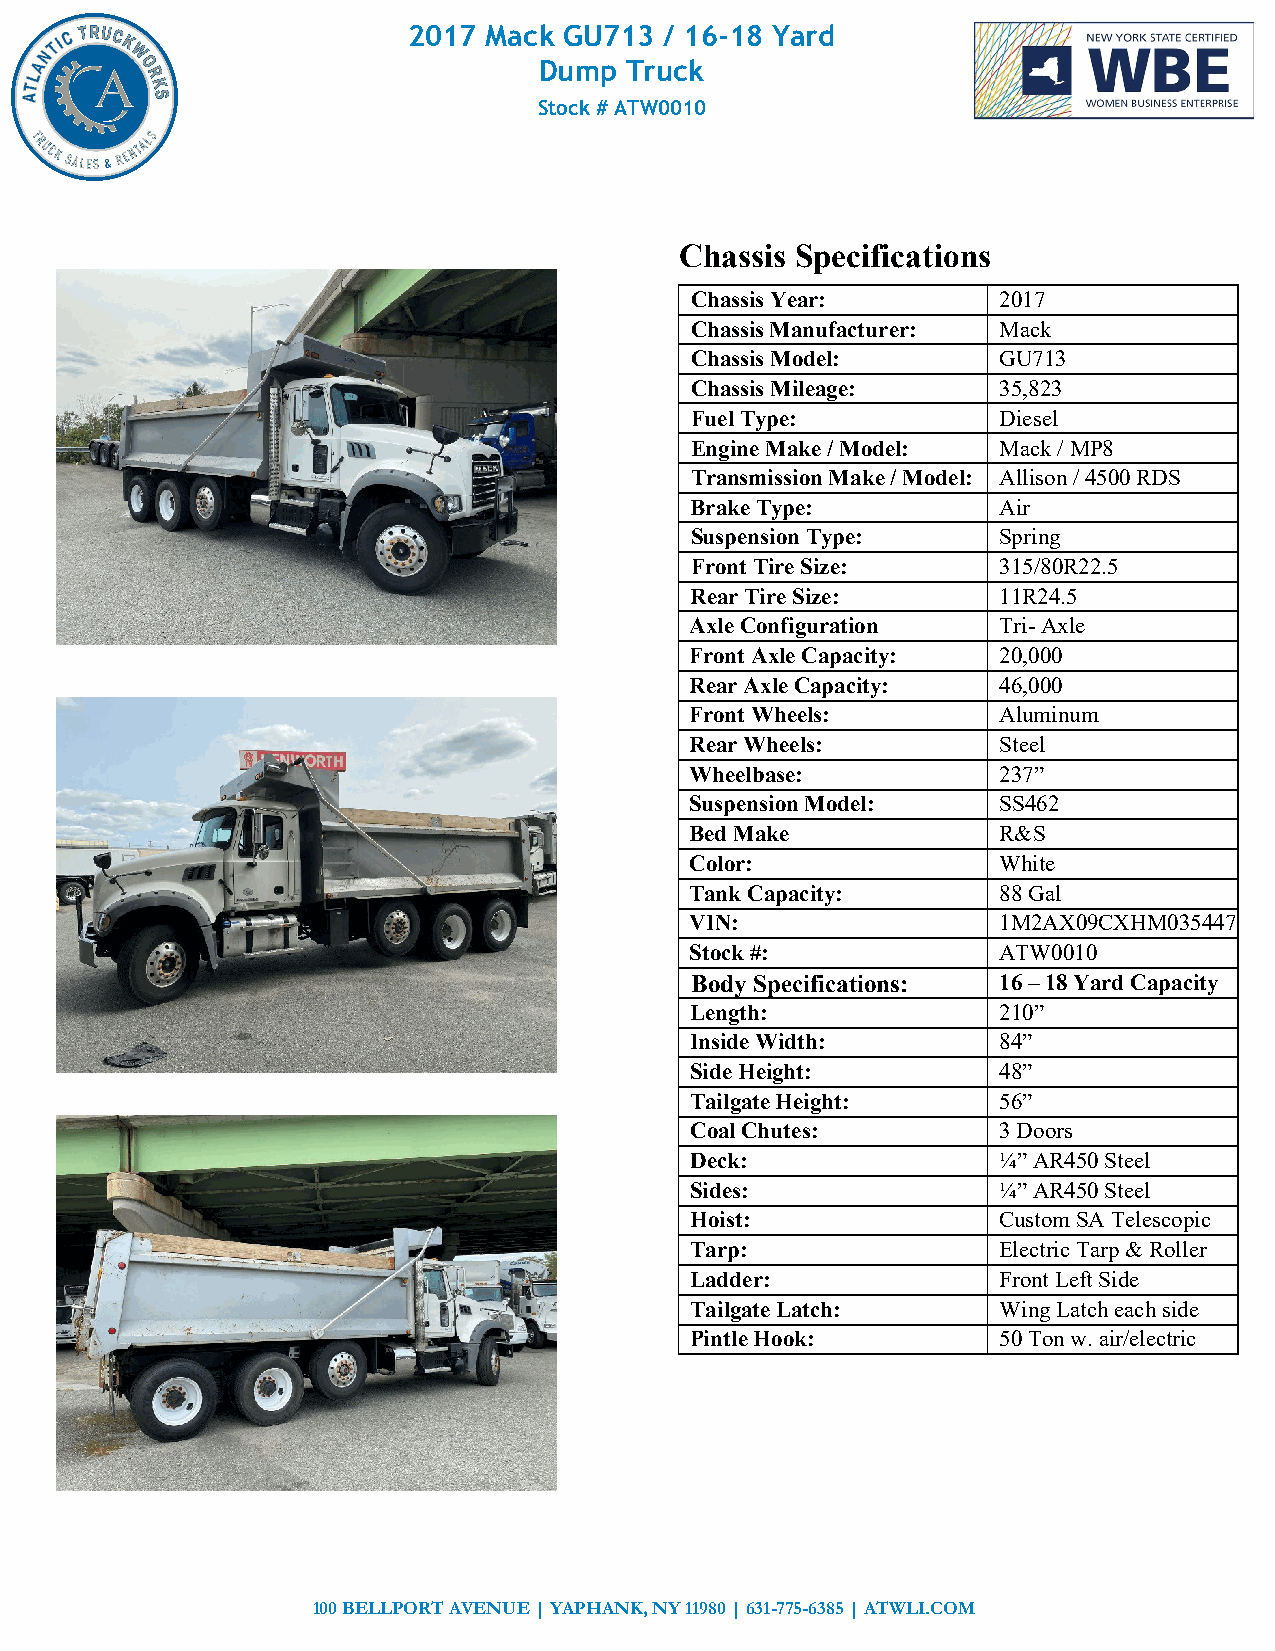
2017 Mack GU713  / 16-18 Yard
 Dump Truck
 Stock # ATW0010
 Chassis Specifications
 Chassis Year:       2017
 Chassis Manufacturer: Mack
 Chassis Model:      GU713
 Chassis Mileage:    35,823
 Fuel Type:          Diesel
 Engine Make / Model: Mack / MP8
 Transmission Make / Model: Allison / 4500 RDS
 Brake Type:         Air
 Suspension Type:    Spring
 Front Tire Size:    315/80R22.5
 Rear Tire Size:     11R24.5
 Axle Configuration  Tri- Axle
 Front Axle Capacity: 20,000
 Rear Axle Capacity: 46,000
 Front Wheels:       Aluminum
 Rear Wheels:        Steel
 Wheelbase:          237”
 Suspension Model:   SS462
 Bed Make            R&S
 Color:              White
 Tank Capacity:      88 Gal
 VIN:                1M2AX09CXHM035447
 Stock #:            ATW0010
 Body Specifications: 16 – 18 Yard Capacity
 Length:             210”
 Inside Width:       84”
 Side Height:        48”
 Tailgate Height:    56”
 Coal Chutes:        3 Doors
 Deck:               ¼” AR450 Steel
 Sides:              ¼” AR450 Steel
 Hoist:              Custom SA Telescopic
 Tarp:               Electric Tarp & Roller
 Ladder:             Front Left Side
 Tailgate Latch:     Wing Latch each side
 Pintle Hook:        50 Ton w. air/electric
 100 BELLPORT AVENUE | YAPHANK, NY 11980 | 631-775-6385 | ATWLI.COM